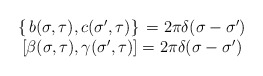
\begin{align*}\begin{array}{cc}\left\{ \,b(\sigma ,\tau ),c({\sigma }^{\prime },\tau )\right\} \,=2\pi\delta (\sigma -{\sigma }^{\prime }) & \\ \left[ \beta (\sigma ,\tau ),\gamma ({\sigma }^{\prime },\tau )\right] =2\pi\delta (\sigma -{\sigma }^{\prime }) & \end{array}\end{align*}